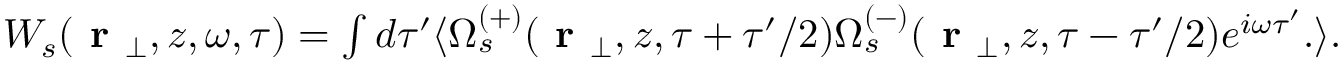
\begin{array} { r } { W _ { s } ( \textbf { r } _ { \perp } , z , \omega , \tau ) = \int d \tau ^ { \prime } \langle \Omega _ { s } ^ { ( + ) } ( \textbf { r } _ { \perp } , z , \tau + \tau ^ { \prime } / 2 ) \Omega _ { s } ^ { ( - ) } ( \textbf { r } _ { \perp } , z , \tau - \tau ^ { \prime } / 2 ) e ^ { i \omega \tau ^ { \prime } } . \rangle . } \end{array}